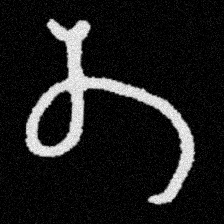
Pyu character \u2014 Myanmar letter: တ (romanized: ta)